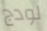
لودج